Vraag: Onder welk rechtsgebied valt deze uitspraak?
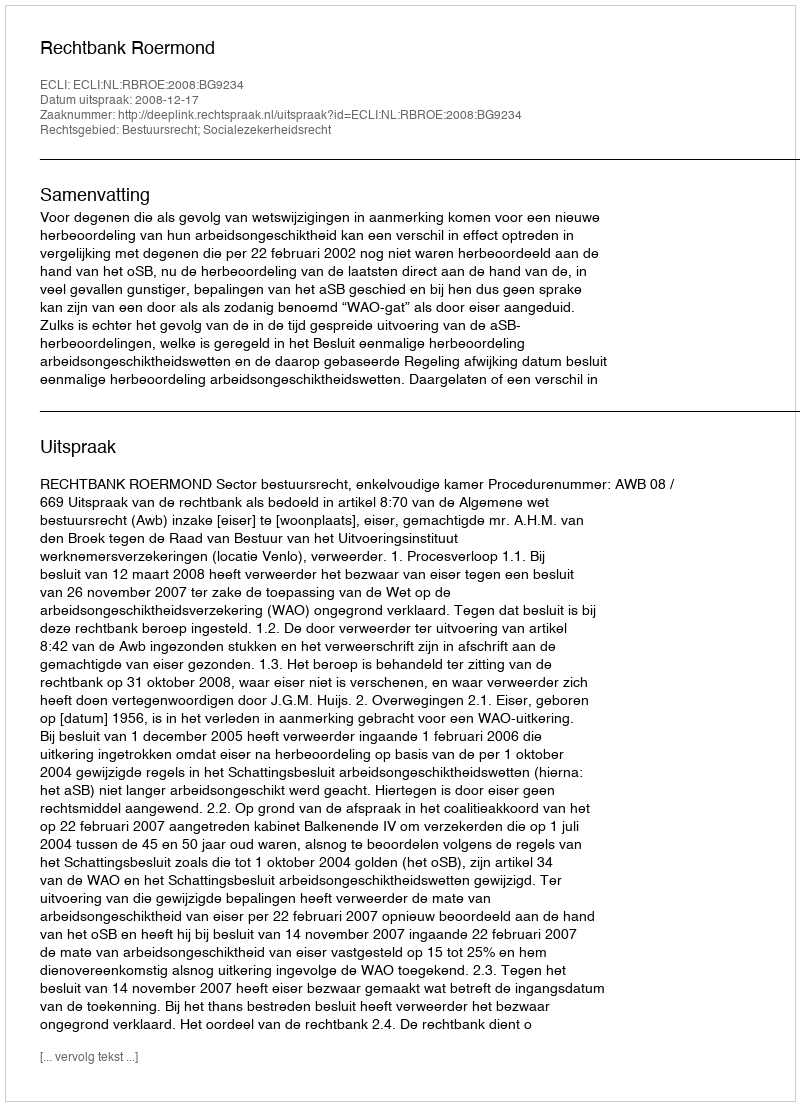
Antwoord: Bestuursrecht; Socialezekerheidsrecht